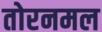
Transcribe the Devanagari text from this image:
तोरनमल